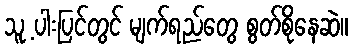
သူ့ ပါးပြင်တွင် မျက်ရည်တွေ စွတ်စိုနေဆဲ။